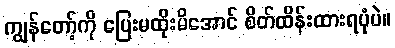
ကျွန်တော့်ကို ပြေးမထိုးမိအောင် စိတ်ထိန်းထားရပုံပဲ။